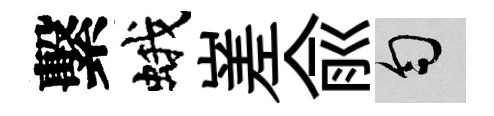
繫蛾嵳兪匀